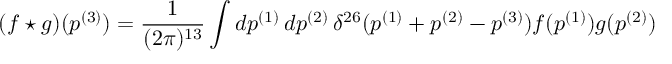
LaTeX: ( f \star g ) ( p ^ { ( 3 ) } ) = \frac { 1 } { ( 2 \pi ) ^ { 1 3 } } \int d p ^ { ( 1 ) } \, d p ^ { ( 2 ) } \, \delta ^ { 2 6 } ( p ^ { ( 1 ) } + p ^ { ( 2 ) } - p ^ { ( 3 ) } ) f ( p ^ { ( 1 ) } ) g ( p ^ { ( 2 ) } )